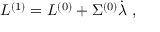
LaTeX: L ^ { ( 1 ) } = L ^ { ( 0 ) } + \Sigma ^ { ( 0 ) } \dot { \lambda } \; ,